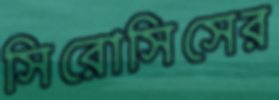
সিরোসিসের